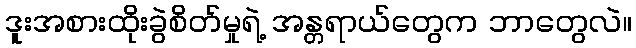
ဒူးအစားထိုးခွဲစိတ်မှုရဲ့ အန္တရာယ်တွေက ဘာတွေလဲ။